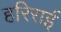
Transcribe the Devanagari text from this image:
हरिराई